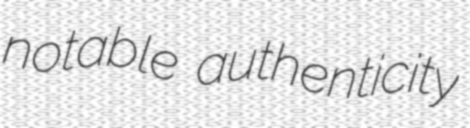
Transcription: notable authenticity